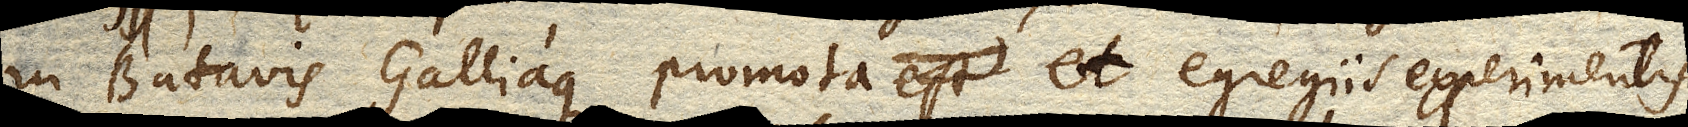
in Batavis Galliaque promota et egregiis experimentis